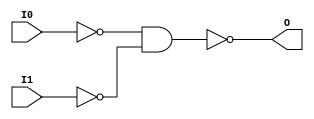
// $Header: /devl/xcs/repo/env/Databases/CAEInterfaces/xec_libs/data/unisims/NAND2B2.v,v 1.1 2005/05/10 01:20:06 wloo Exp $

/*

FUNCTION	: 2-INPUT NAND GATE

*/

`celldefine
`timescale  100 ps / 10 ps

module NAND2B2 (O, I0, I1);

    output O;

    input  I0, I1;

    not N1 (i1_inv, I1);
    not N0 (i0_inv, I0);
    nand A1 (O, i0_inv, i1_inv);

endmodule